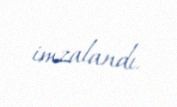
imzalandı.